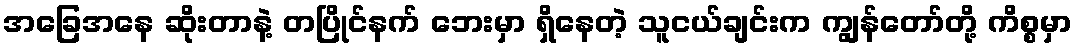
အခြေအနေ ဆိုးတာနဲ့ တပြိုင်နက် ဘေးမှာ ရှိနေတဲ့ သူငယ်ချင်းက ကျွန်တော်တို့ ကိစ္စမှာ